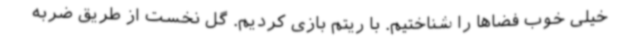
خیلی خوب فضاها را شناختیم. با ریتم بازی کردیم. گل نخست از طریق ضربه